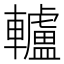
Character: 轤